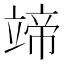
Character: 𥪟